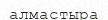
алмастыра